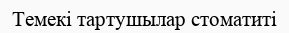
Темекі тартушылар стоматиті